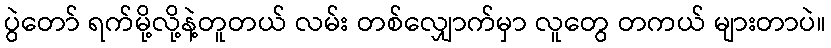
ပွဲတော် ရက်မို့လို့နဲ့တူတယ် လမ်း တစ်လျှောက်မှာ လူတွေ တကယ် များတာပဲ။